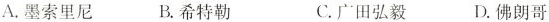
A.墨索里尼 B.希特勒 C.广田弘毅D.佛朗哥